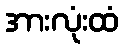
အားလုံးထံ